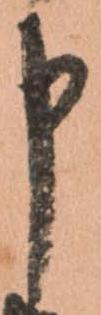
申